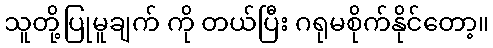
သူတို့ပြုမူချက် ကို တယ်ပြီး ဂရုမစိုက်နိုင်တော့။